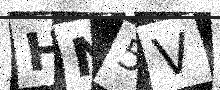
Text: HN5V